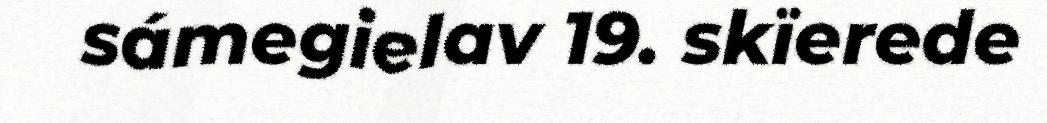
sámegielav 19. skïerede